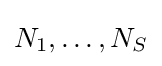
N_{1},\ldots ,N_{S}